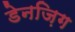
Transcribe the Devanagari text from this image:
डेनज़िग